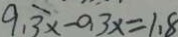
9 . 3 x - 0 . 3 x = 1 . 8